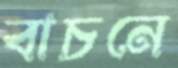
বাচনে